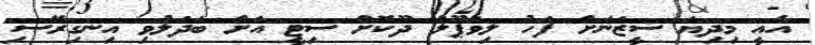
އެއީ މިދިޔަ ސީޒަނަށް ފަހު ލިވަޕޫލް ދޫކޮށް ސިޓީ އަށް ބަދަލުވި އިނގިރޭސި